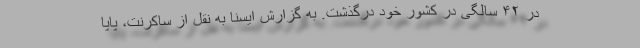
در ۴۲ سالگی در کشور خود درگذشت. به گزارش ایسنا به نقل از ساکرنت، پاپا